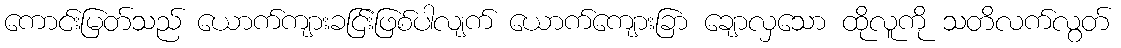
ကောင်းမြတ်သည် ယောက်ကျားခငြ်းဖြစ်ပါလျက် ယောက်ကျေားခြာ ချောလှသော ထိုလူကို သတိလက်လွတ်